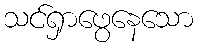
သင်ရှာဖွေနေသော